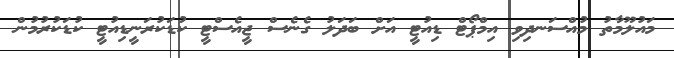
މައުލޫމާތު މުއްސަނދިވި އިމްޕޯޓް ޑިއުޓީ އަށް ބަދަލު ގެނެސް ޖީއެސްޓީ ކުޑަކުރަނީޑިއުޓީ ކުޑަކުރުމުން